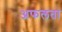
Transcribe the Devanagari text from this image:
अफलता